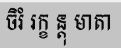
ចិរំ រក្ខ ន្តុ មាតា